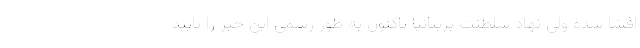
افشا شده ولی نهاد سلطنت بریتانیا تاکنون به طور رسمی این خبر را تایید